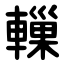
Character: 轈